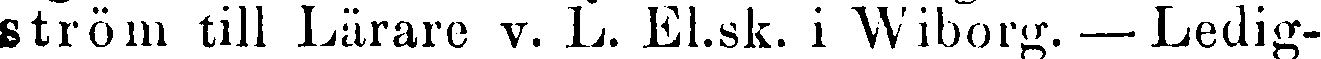
ström till Lärare v. L. El.sk. i Wiborg.—Ledig-